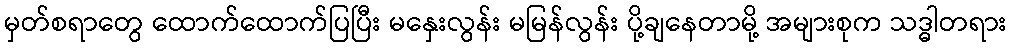
မှတ်စရာတွေ ထောက်ထောက်ပြပြီး မနှေးလွန်း မမြန်လွန်း ပို့ချနေတာမို့ အများစုက သဒ္ဓါတရား